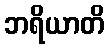
ဘရိယာတိ